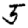
Digit: 5